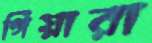
গিয়ারা